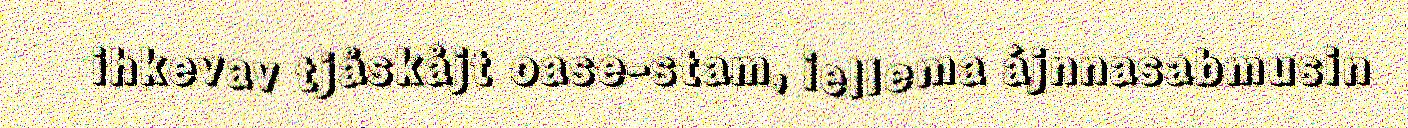
ihkevav tjåskåjt oase-stam, iellema ájnnasabmusin